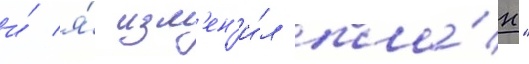
и́ я́ изм'ен'и́л пла́н"